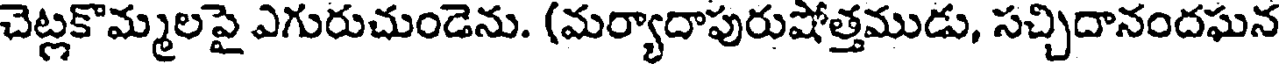
చెట్లకొమ్మలపై ఎగురుచుండెను. (మర్యాదాపురుషోత్తముడు, సచ్చిదానందఘన